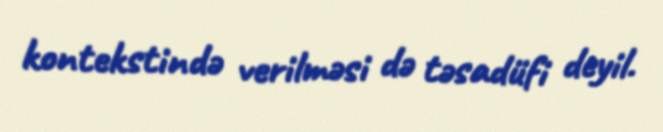
kontekstində verilməsi də təsadüfi deyil.